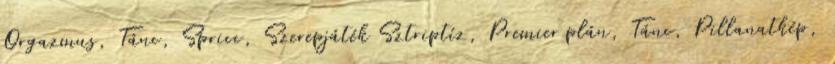
Orgazmus, Tánc, Spricc, Szerepjáték Sztriptíz, Premier plán, Tánc, Pillanatkép,